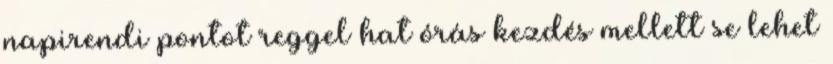
napirendi pontot reggel hat órás kezdés mellett se lehet